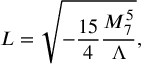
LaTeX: L = \sqrt { - \frac { 1 5 } { 4 } \frac { M _ { 7 } ^ { 5 } } { \Lambda } } ,